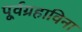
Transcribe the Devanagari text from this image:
पूर्वग्रहाविना